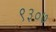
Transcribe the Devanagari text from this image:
९३०७